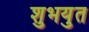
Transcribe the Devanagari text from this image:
शुभयुत